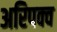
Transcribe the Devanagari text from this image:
अरिपक्व